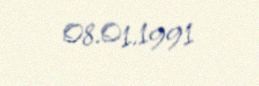
08.01.1991